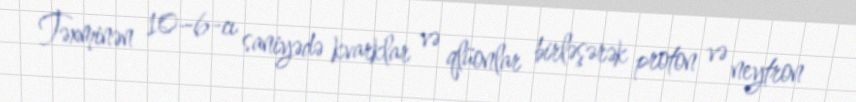
Təxminən 10−6-cı saniyədə kvarklar və qlüonlar birləşərək proton və neytron